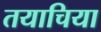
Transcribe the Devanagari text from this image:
तयाचिया